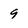
Character: 9